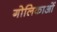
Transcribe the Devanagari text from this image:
गोलिकाओं